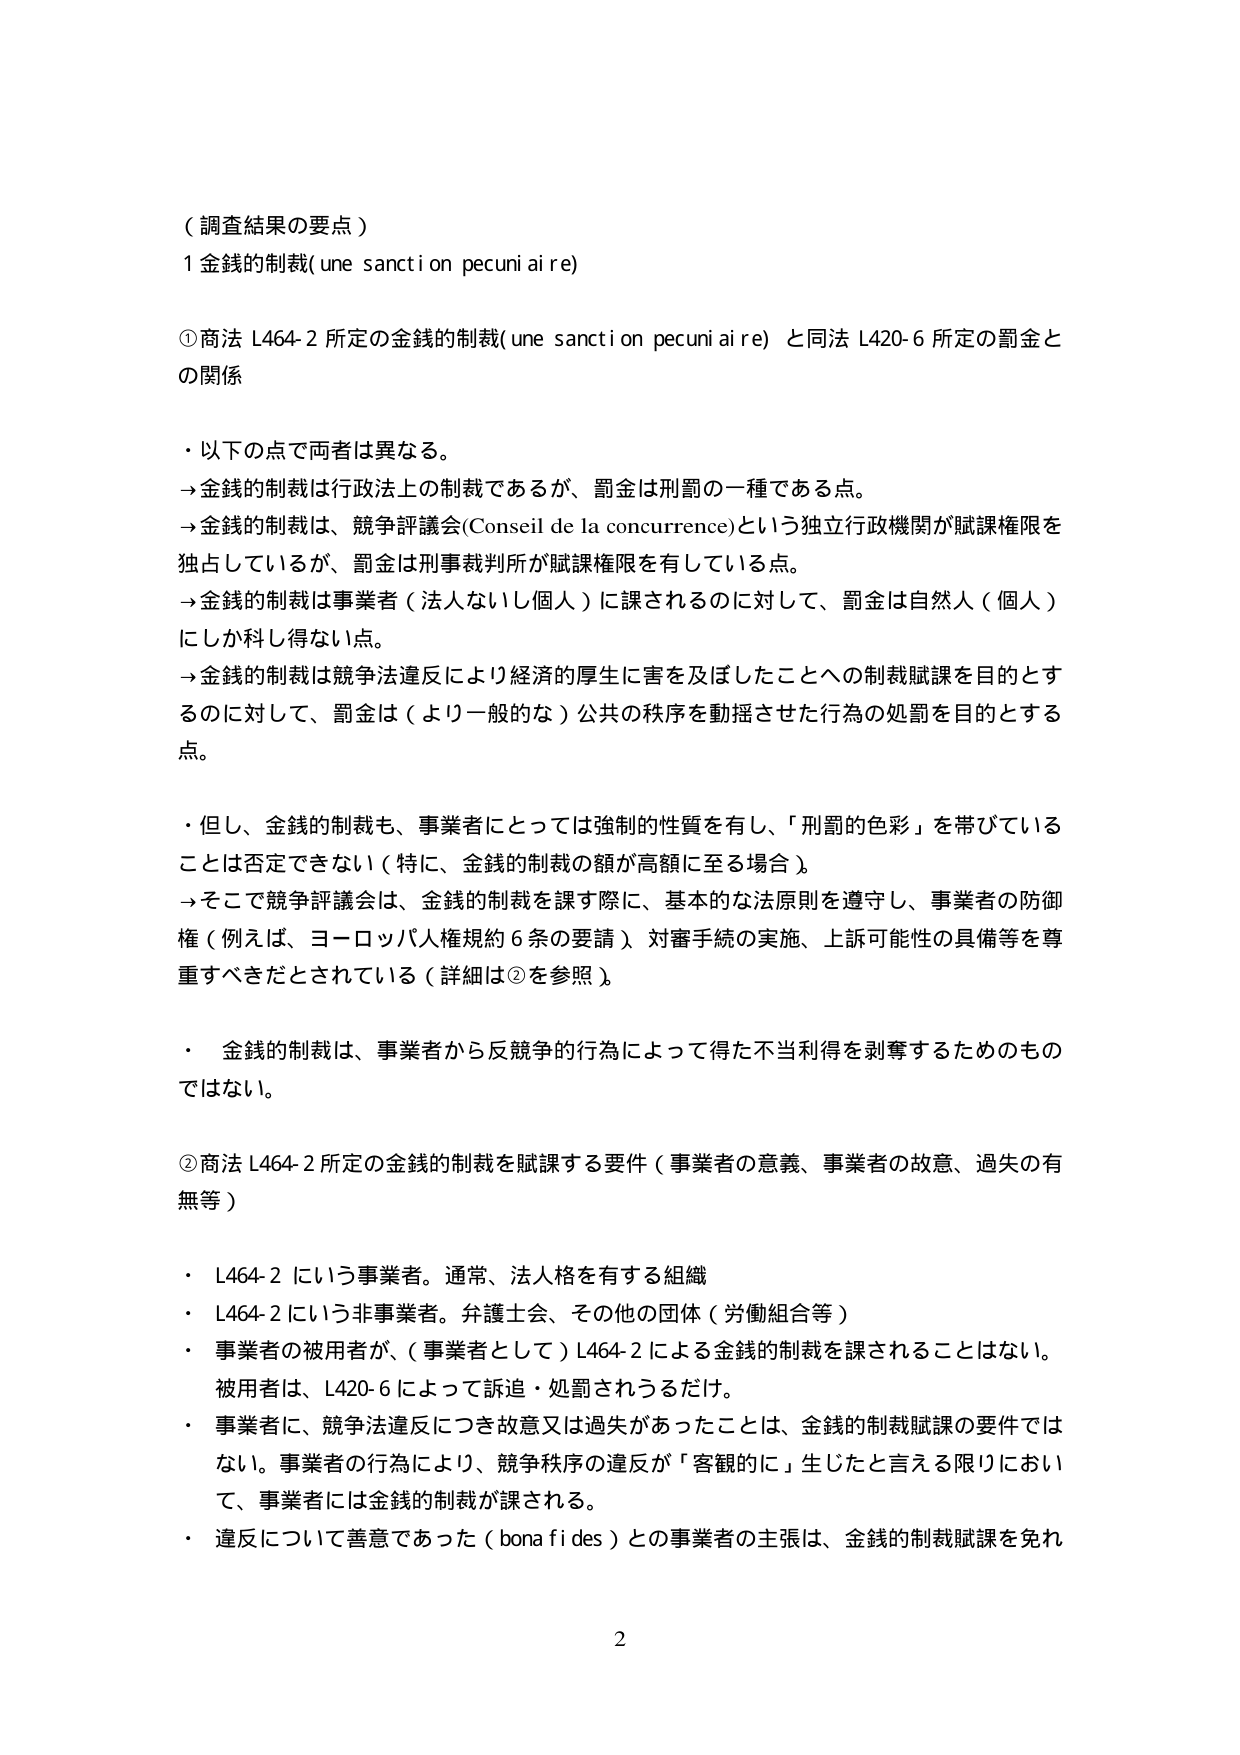
（調査結果の要点）

1 金銭的制裁(une sanction pecuniaire)

①商法 L464-2 所定の金銭的制裁(une sanction pecuniaire) と同法 L420-6 所定の罰金との関係

・以下の点で両者は異なる。
→金銭的制裁は行政法上の制裁であるが、罰金は刑罰の一種である点。
→金銭的制裁は、競争評議会(Conseil de la concurrence)という独立行政機関が賦課権限を独占しているが、罰金は刑事裁判所が賦課権限を有している点。
→金銭的制裁は事業者（法人ないし個人）に課されるのに対して、罰金は自然人（個人）にしか科し得ない点。
→金銭的制裁は競争法違反により経済的厚生に害を及ぼしたことへの制裁賦課を目的とするのに対して、罰金は（より一般的な）公共の秩序を動揺させた行為の処罰を目的とする点。

・但し、金銭的制裁も、事業者にとっては強制的性質を有し、「刑罰的色彩」を帯びていることは否定できない（特に、金銭的制裁の額が高額に至る場合）。
→そこで競争評議会は、金銭的制裁を課す際に、基本的な法原則を遵守し、事業者の防御権（例えば、ヨーロッパ人権規約６条の要請）、対審手続の実施、上訴可能性の具備等を尊重すべきだとされている（詳細は②を参照）。

・金銭的制裁は、事業者から反競争的行為によって得た不当利得を剥奪するためのものではない。

②商法 L464-2 所定の金銭的制裁を賦課する要件（事業者の意義、事業者の故意、過失の有無等）

・L464-2 にいう事業者。通常、法人格を有する組織
・L464-2 にいう非事業者。弁護士会、その他の団体（労働組合等）
・事業者の被用者が、（事業者として）L464-2 による金銭的制裁を課されることはない。被用者は、L420-6 によって訴追・処罰されうるだけ。
・事業者に、競争法違反につき故意又は過失があったことは、金銭的制裁賦課の要件ではない。事業者の行為により、競争秩序の違反が「客観的に」生じたと言える限りにおいて、事業者には金銭的制裁が課される。
・違反について善意であった（bona fides）との事業者の主張は、金銭的制裁賦課を免れ

2